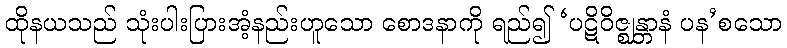
ထိုနယသည် သုံးပါးပြားအံ့နည်းဟူသော စောဒနာကို ရည်၍ ‘ပဋိဝိဇ္ဈန္တာနံ ပန’စသော